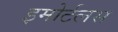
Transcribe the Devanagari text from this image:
इमोर्टलस